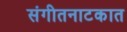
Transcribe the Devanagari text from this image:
संगीतनाटकात